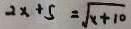
2 x + 5 = \sqrt { x + 1 0 }